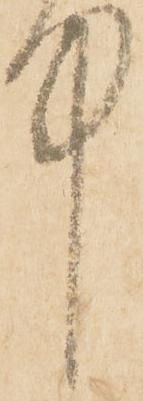
中